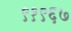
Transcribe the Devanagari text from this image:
९१९६७